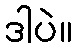
ဒါပဲ။